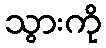
သွားကို